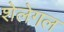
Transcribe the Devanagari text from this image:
शेलेगल